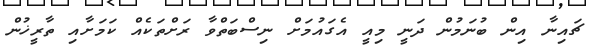
ޗައިނާ އިން ބުނަމުން ދަނީ މިއީ އެގައުމަށް ނިސްބަތްވާ ރަށްތަކެއް ކަމަށާއި ތާރީޚުން